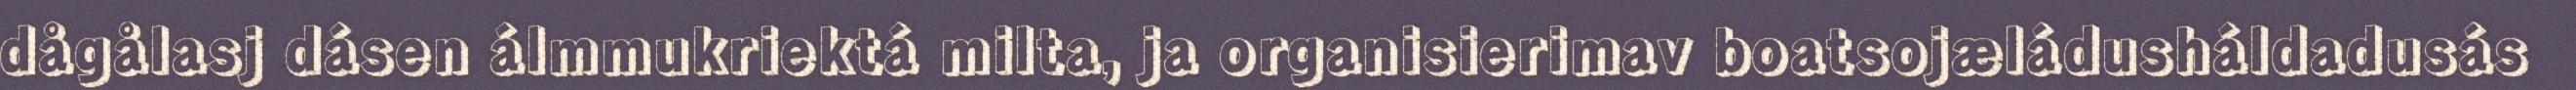
dågålasj dásen álmmukriektá milta, ja organisierimav boatsojæládusháldadusás